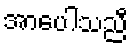
အာပေါသညီ